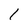
Character: 1